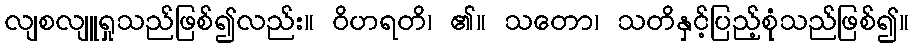
လျစလျူရှုသည်ဖြစ်၍လည်း။ ဝိဟရတိ၊ ၏။ သတော၊ သတိနှင့်ပြည့်စုံသည်ဖြစ်၍။